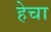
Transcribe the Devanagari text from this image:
हेचा